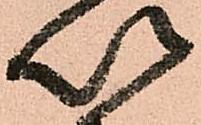
以